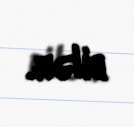
bilər.